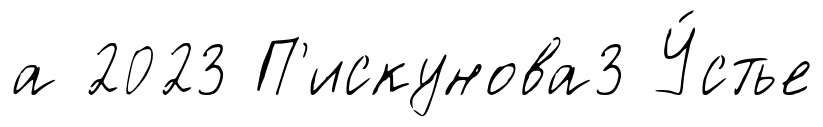
а 2023 П'искунова3 У́стье